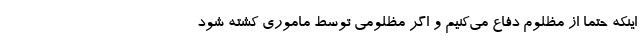
اینکه حتما از مظلوم دفاع می‌کنیم و اگر مظلومی توسط ماموری کشته شود